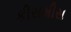
કીસમીસ